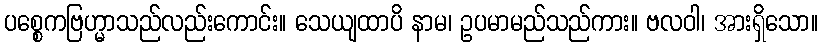
ပစ္စေကဗြဟ္မာသည်လည်းကောင်း။ သေယျထာပိ နာမ၊ ဥပမာမည်သည်ကား။ ဗလဝါ၊ အားရှိသော။